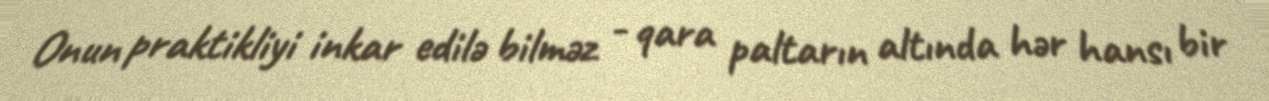
Onun praktikliyi inkar edilə bilməz - qara paltarın altında hər hansı bir